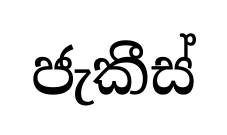
ජැකීස්